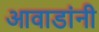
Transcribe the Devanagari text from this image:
आवाडांनी